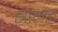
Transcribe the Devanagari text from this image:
सालोचे